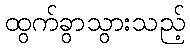
ထွက်ခွာသွားသည့်